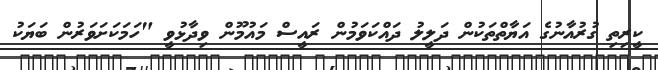
ކީރިތި ގުރުއާނުގެ އަޔާތްތަކުން ދަލީލު ދައްކަވަމުން ރައީސް މައުމޫން ވިދާޅުވީ "ހަމަކަށަވަރުން ބަޔަކު